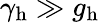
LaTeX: \gamma_{\mathrm{h}}\gg g_{\mathrm{h}}